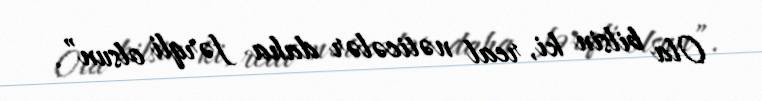
Ola bilsin ki, real nəticələr daha fərqli olsun”.